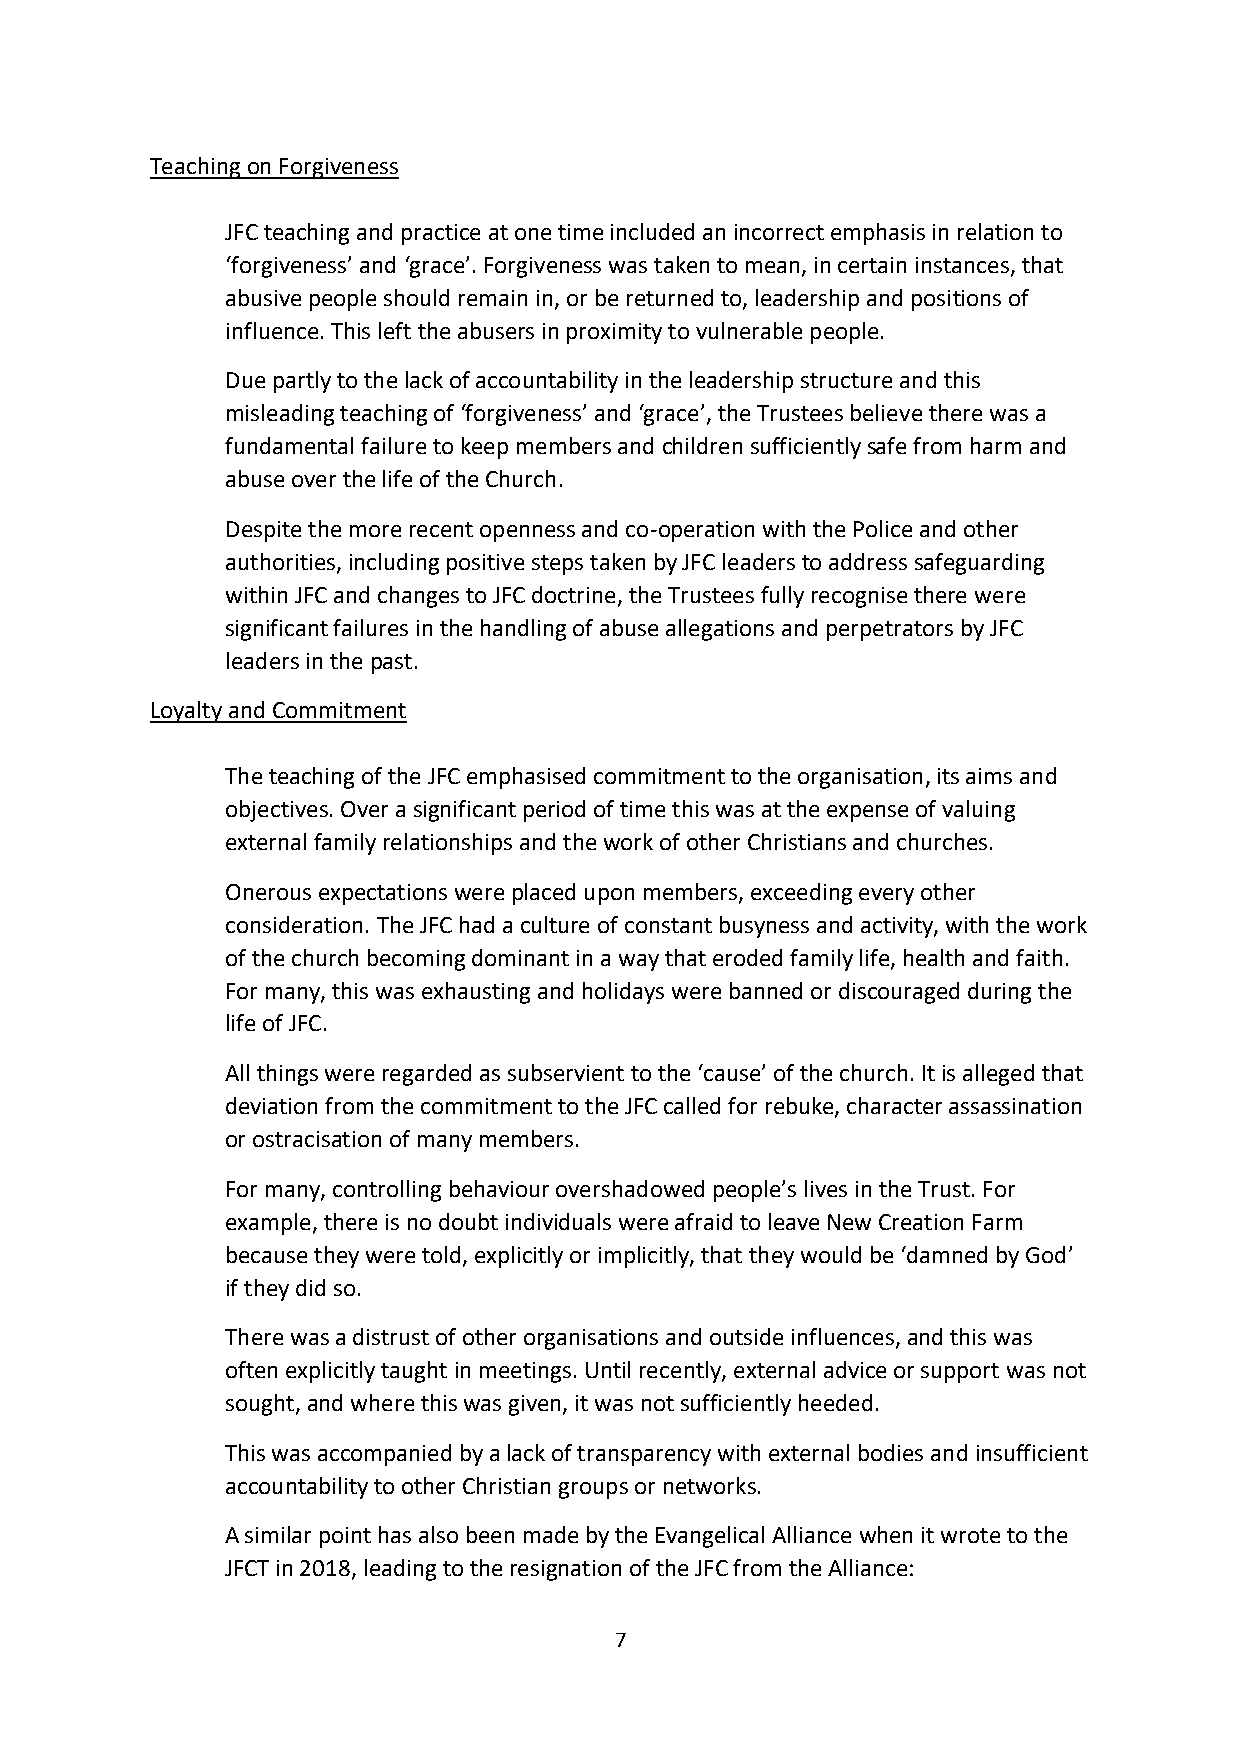
Teaching on Forgiveness
 JFC teaching and practice at one time included an incorrect emphasis in relation to
 ‘forgiveness’ and ‘grace’. Forgiveness was taken to mean, in certain instances, that
 abusive people should remain in, or be returned to, leadership and positions of
 influence. This left the abusers in proximity to vulnerable people.
 Due partly to the lack of accountability in the leadership structure and this
 misleading teaching of ‘forgiveness’ and ‘grace’, the Trustees believe there was a
 fundamental failure to keep members and children sufficiently safe from harm and
 abuse over the life of the Church.
 Despite the more recent openness and co-operation with the Police and other
 authorities, including positive steps taken by JFC leaders to address safeguarding
 within JFC and changes to JFC doctrine, the Trustees fully recognise there were
 significant failures in the handling of abuse allegations and perpetrators by JFC
 leaders in the past.
 Loyalty and Commitment
 The teaching of the JFC emphasised commitment to the organisation, its aims and
 objectives. Over a significant period of time this was at the expense of valuing
 external family relationships and the work of other Christians and churches.
 Onerous expectations were placed upon members, exceeding every other
 consideration. The JFC had a culture of constant busyness and activity, with the work
 of the church becoming dominant in a way that eroded family life, health and faith.
 For many, this was exhausting and holidays were banned or discouraged during the
 life of JFC.
 All things were regarded as subservient to the ‘cause’ of the church. It is alleged that
 deviation from the commitment to the JFC called for rebuke, character assassination
 or ostracisation of many members.
 For many, controlling behaviour overshadowed people’s lives in the Trust. For
 example, there is no doubt individuals were afraid to leave New Creation Farm
 because they were told, explicitly or implicitly, that they would be ‘damned by God’
 if they did so.
 There was a distrust of other organisations and outside influences, and this was
 often explicitly taught in meetings. Until recently, external advice or support was not
 sought, and where this was given, it was not sufficiently heeded.
 This was accompanied by a lack of transparency with external bodies and insufficient
 accountability to other Christian groups or networks.
 A similar point has also been made by the Evangelical Alliance when it wrote to the
 JFCT in 2018, leading to the resignation of the JFC from the Alliance:
 7